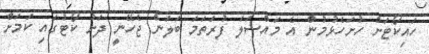
ހައިކޯޓަށް ހުށަހެޅުމުން އެ މައްސަލަ ފުރަތަމަ ބަލަން ޖެހޭނީ ދަށު ކޯޓުގައި ކަމަށް